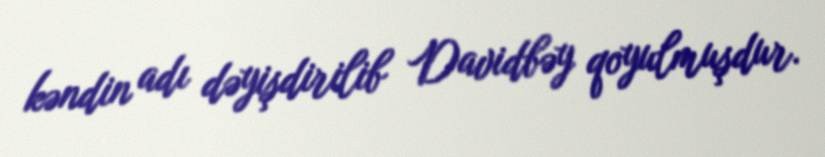
kəndin adı dəyişdirilib Davidbəy qoyulmuşdur.